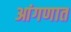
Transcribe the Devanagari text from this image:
आंगणात